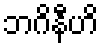
ဘဂိနီဟိ